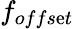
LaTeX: f_{offs\mathrm{e}t}